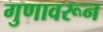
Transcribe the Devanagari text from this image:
गुणावरून